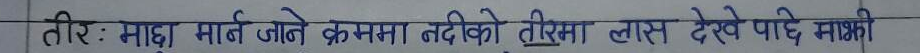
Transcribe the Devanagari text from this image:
तीर : माछो मार्न जाने क्रममा नदीको तिरिमा लास देखे पाए मझिको